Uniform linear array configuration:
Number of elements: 16
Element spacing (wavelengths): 0.25
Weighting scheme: blackman
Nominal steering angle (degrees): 15
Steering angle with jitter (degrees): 14.747
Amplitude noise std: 0.05
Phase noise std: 0.05

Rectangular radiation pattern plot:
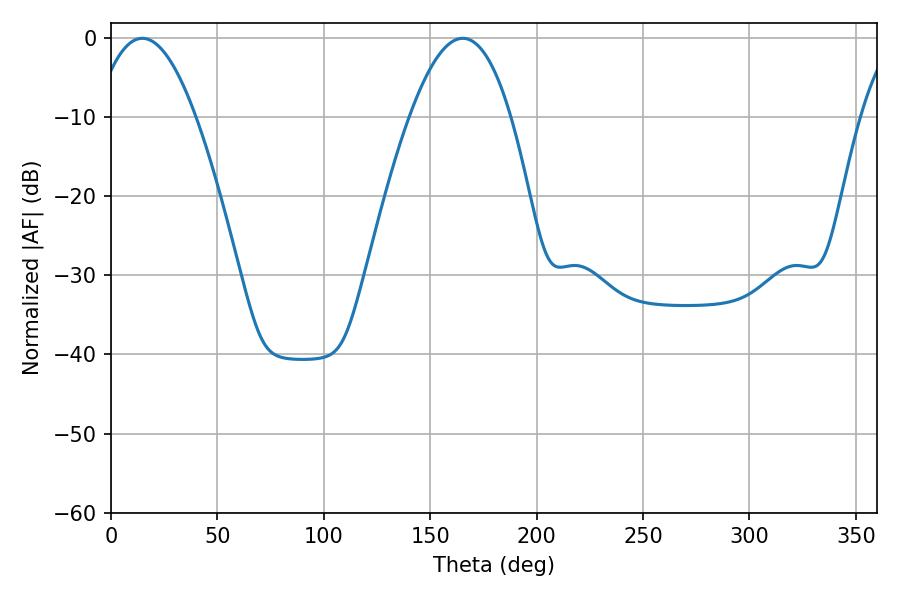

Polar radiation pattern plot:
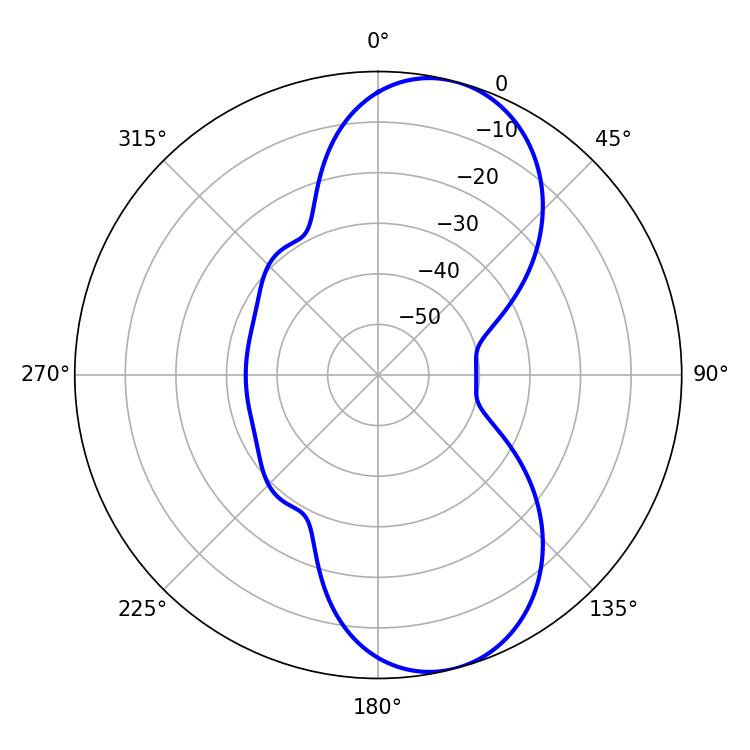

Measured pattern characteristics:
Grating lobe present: FALSE
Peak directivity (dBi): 8.936
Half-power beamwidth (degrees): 25.92
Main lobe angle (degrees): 14.76